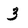
Character: 3